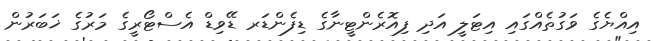
އިއްޔެގެ ވަގުތެއްގައި އިޓަލީ އަދި ފިއޮރެންޓީނާގެ ޑިފެންޑަރ ޑޭވިޑް އެސްޓޯރީގެ މަރުގެ ޚަބަރުން